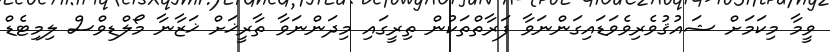
ވީމާ މިކަމަށް ޝައުޤުވެރިވެވަޑައިގަންނަވާ ފަރާތްތަކުން ތިރީގައި މިދަންނަވާ ތާރީޚަށް ޚަޒާނާ މޯލްޑިވްސް ލިމިޓެޑް